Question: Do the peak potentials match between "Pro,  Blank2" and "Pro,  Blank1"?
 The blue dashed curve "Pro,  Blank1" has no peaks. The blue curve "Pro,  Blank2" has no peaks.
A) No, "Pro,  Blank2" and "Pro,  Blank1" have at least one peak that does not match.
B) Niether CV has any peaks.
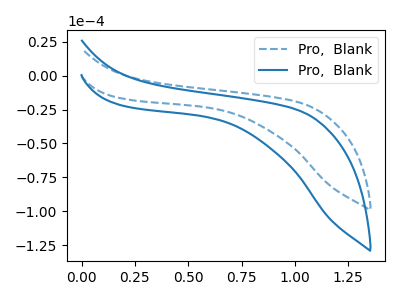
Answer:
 <answer>B) Niether CV has any peaks.</answer>
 <eval>B</eval>